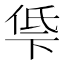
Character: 𫢵